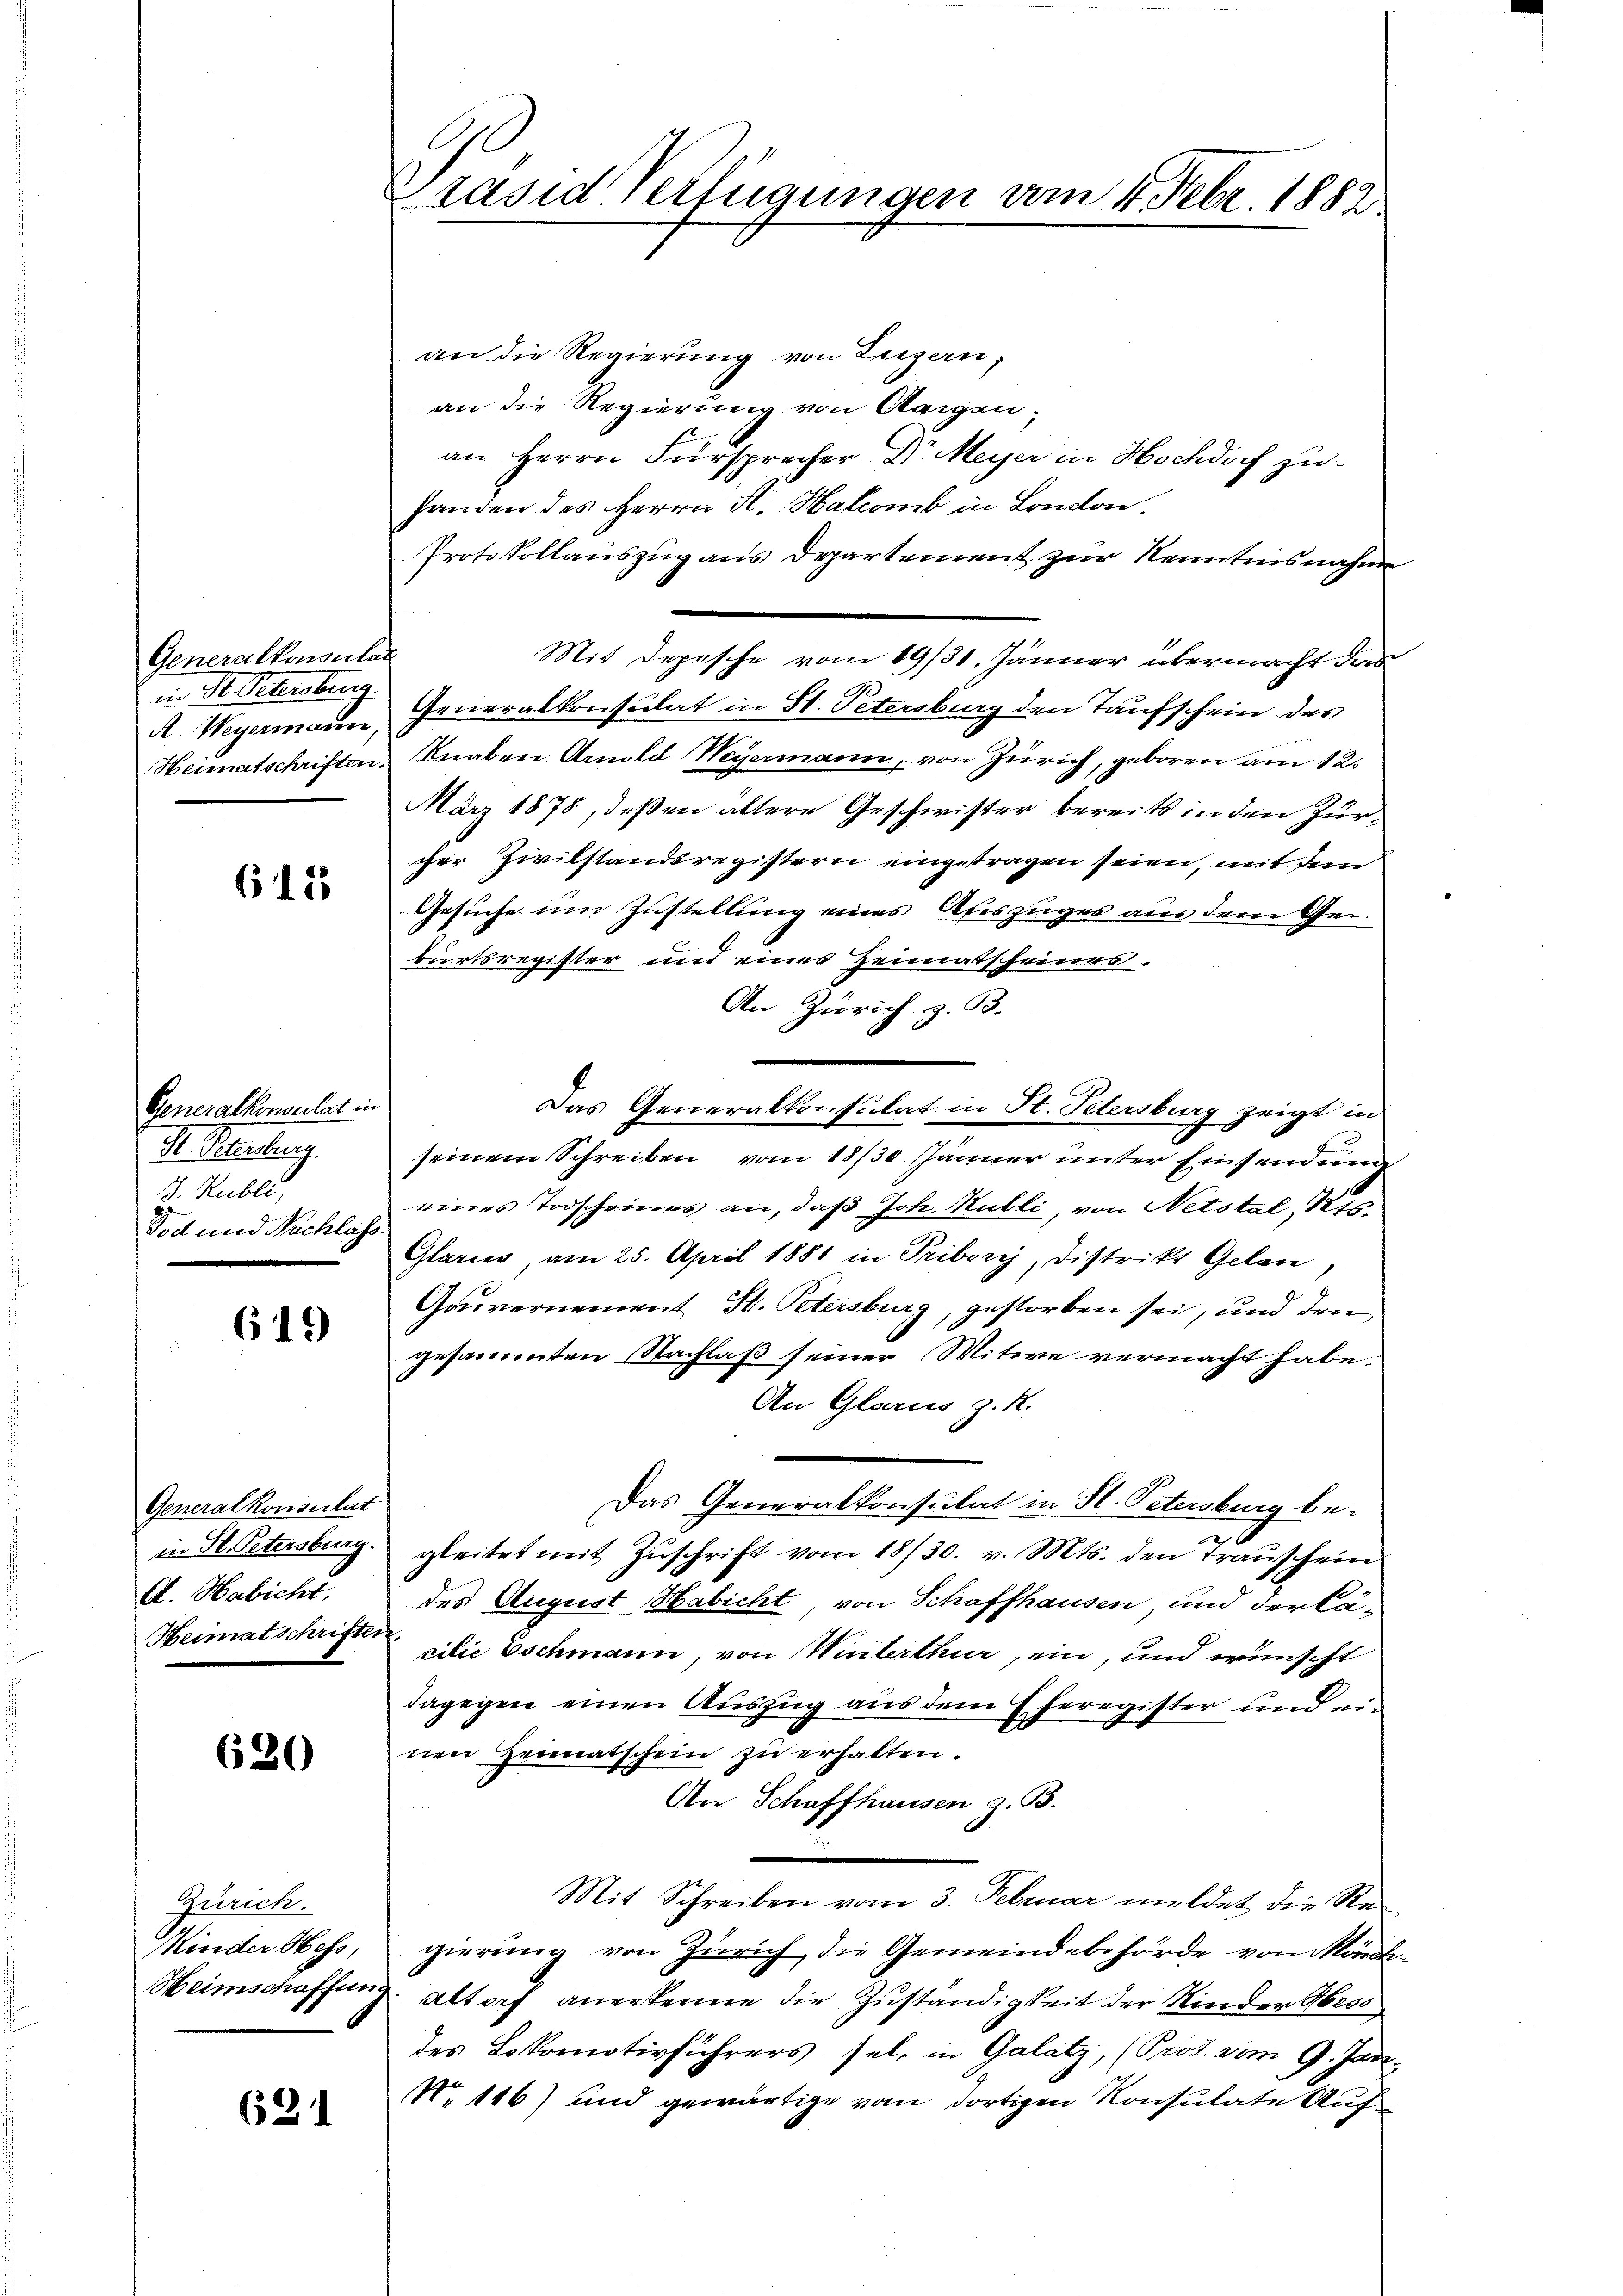
Generalkonsulan
in St. Petersburg.
A. Weyermann
Heimatschriften

613

Generalkonsulat in
I. Seelauf
J. Rubli,
Tod und Nachlage

619

Generalkonsertat
in St. Petersburg.
A. Habicht,
Heimatschriften

620

Zürich.
Minder Hess,
Heimschaffen.

631

Präsid. Verfügungen vom 4. Febr. 1882

an die Regierung von Luzern,
an die Regierung von Aaigen;
an Herrn Fürsprecher Dr. Meyer in Hochdorf zuhanden des Herrn H. Halamb in London.
Protokollauszug aus Departement zur Kenntnisnahm
Generalkonsulat in St. Petersburg den Taufschein des
Knaben Anna Weyermann, von Zürich, geboren am 12.
März 1878, deßen ältere Geschwister bereits in den Zürcher Zivilstandsregistern eingetragen seien, mit dem
Gesuche um Zustellung eines Afeszuges aus dem Geburtsregister und eines Heimatscheines.
An Zürich z. B.
Das Generalkonsulat in St. Petersburg zeigt in
seinem Schreiben vom 18/30. Jänner unter Einsendung
eines Todscheines an, daß Joh. Kubli, von Netstel, 175.
Glarus, am 25. April 1881 in Fribourg, Distrikt Gelan
Gouvernement St. Petersburg, gestorben sei, und den
gesammten Nachlaß seiner Witwe vermacht habe.
An Glarus z. R.
Das Generalkonsulat in St. Petersburg begleitet mit Zuschrift vom 18/30. v. Mts. den Trauschein
des August Habicht, von Schaffhausen, und der Cacilie Eschmann, von Winterthur ein, und wünscht
dagegen einen Auszug aus dem Eheregister und einen Heimatschein zu erhalten.
An Schaffhausen z. B.
Mit Schreiben vom 3. Februar meldet die Regierung von Zürich die Gemeindebehörde von Konk
Altorf anerkenne die Zuständigkeit der Kinder Hess
des Lokomotivführers sel. in Galatz, (Prot. vom 9. Jan.
N. 116) und gewärtige vom dortigen Konsulate Auf¬

Mit Depesche vom 19/31. Jänner übermacht das